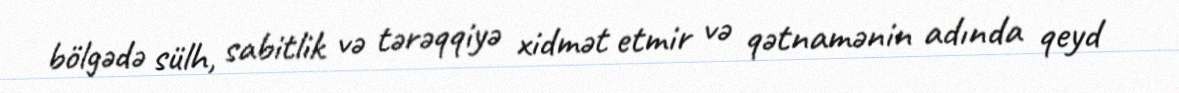
bölgədə sülh, sabitlik və tərəqqiyə xidmət etmir və qətnamənin adında qeyd